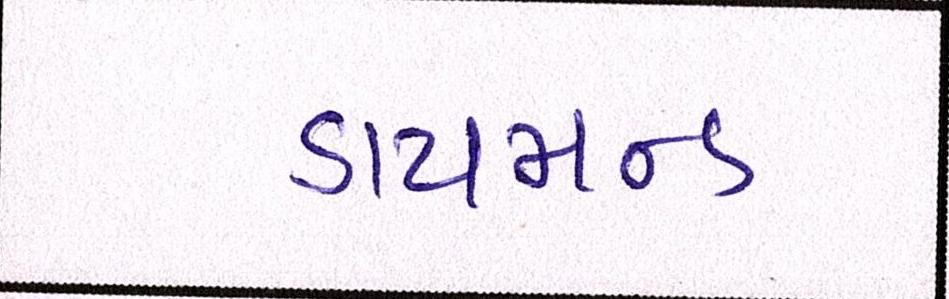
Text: ડાયમન્ડ